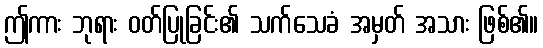
ဤကား ဘုရား ဝတ်ပြုခြင်း၏ သက်သေခံ အမှတ် အသား ဖြစ်၏။